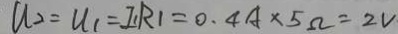
U _ { 2 } = U _ { 1 } = I _ { 1 } R _ { 1 } = 0 . 4 A \times 5 \Omega = 2 V